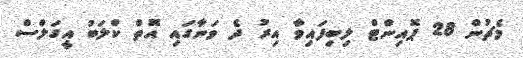
މެޗުން 28 ޕޮއިންޓް ލިބިފައިވާ އިރު ދެ ވަނާގައި އޮތް ކްލަބު އީގަލްސް